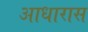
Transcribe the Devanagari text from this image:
आधारास